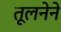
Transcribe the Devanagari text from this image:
तूलनेने